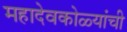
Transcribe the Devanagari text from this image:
महादेवकोळ्यांची